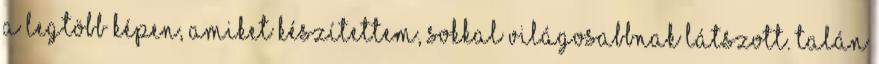
a legtöbb képen, amiket készítettem, sokkal világosabbnak látszott. Talán